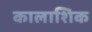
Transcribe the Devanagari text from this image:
कालाशिक